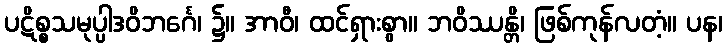
ပဋိစ္စသမုပ္ပါဒဝိဘင်္ဂေ၊ ၌။ အာဝီ၊ ထင်ရှားစွာ။ ဘဝိဿန္တိ၊ ဖြစ်ကုန်လတံ့။ ပန၊